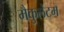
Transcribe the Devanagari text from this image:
मैकुलेटम